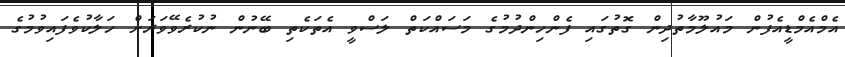
އެމްއެމްޑީއެފުން މައުލޫމާތުދިން ގޮތުގައި ފެންހިންދުމުގެ މަސައްކަތް ލަސްވީ އެތަކެތި ބޭނުން ނުކުރެވޭވަރަށް ހަލާކުވެފައިވުމުގެ